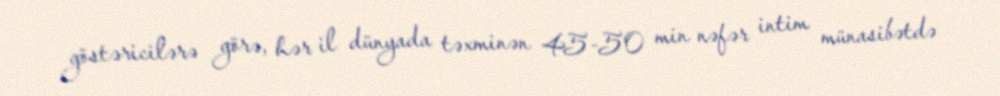
göstəricilərə görə, hər il dünyada təxminən 45-50 min nəfər intim münasibətdə